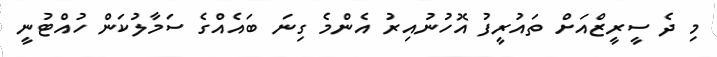
މި ދެ ސީރީޒްއަށް ތައުރީފު އޮހުނުއިރު އެންމެ ގިނަ ބައެއްގެ ސަމާލުކަން ހުއްޓުނީ